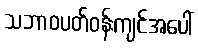
သဘာဝပတ်ဝန်းကျင်အပေါ်